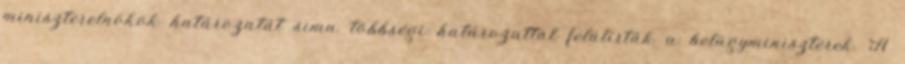
miniszterelnökök határozatát sima többségi határozattal felülírták a belügyminiszterek. A